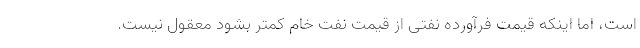
است، اما اینکه قیمت فرآورده نفتی از قیمت نفت خام کمتر بشود معقول نیست.